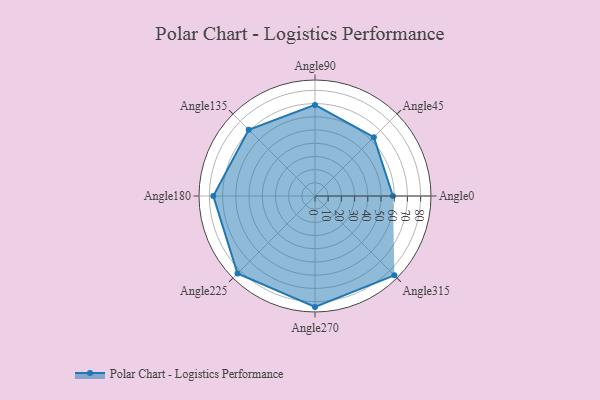
{"axis": {"x": "Angle", "y": "Radius"}, "legend": [""], "data": [{"x": "Angle0", "y": 59.0, "type": ""}, {"x": "Angle45", "y": 63.0, "type": ""}, {"x": "Angle90", "y": 69.0, "type": ""}, {"x": "Angle135", "y": 71.0, "type": ""}, {"x": "Angle180", "y": 77.0, "type": ""}, {"x": "Angle225", "y": 83.0, "type": ""}, {"x": "Angle270", "y": 84.0, "type": ""}, {"x": "Angle315", "y": 85.0, "type": ""}]}